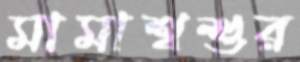
মামাশ্বশুর